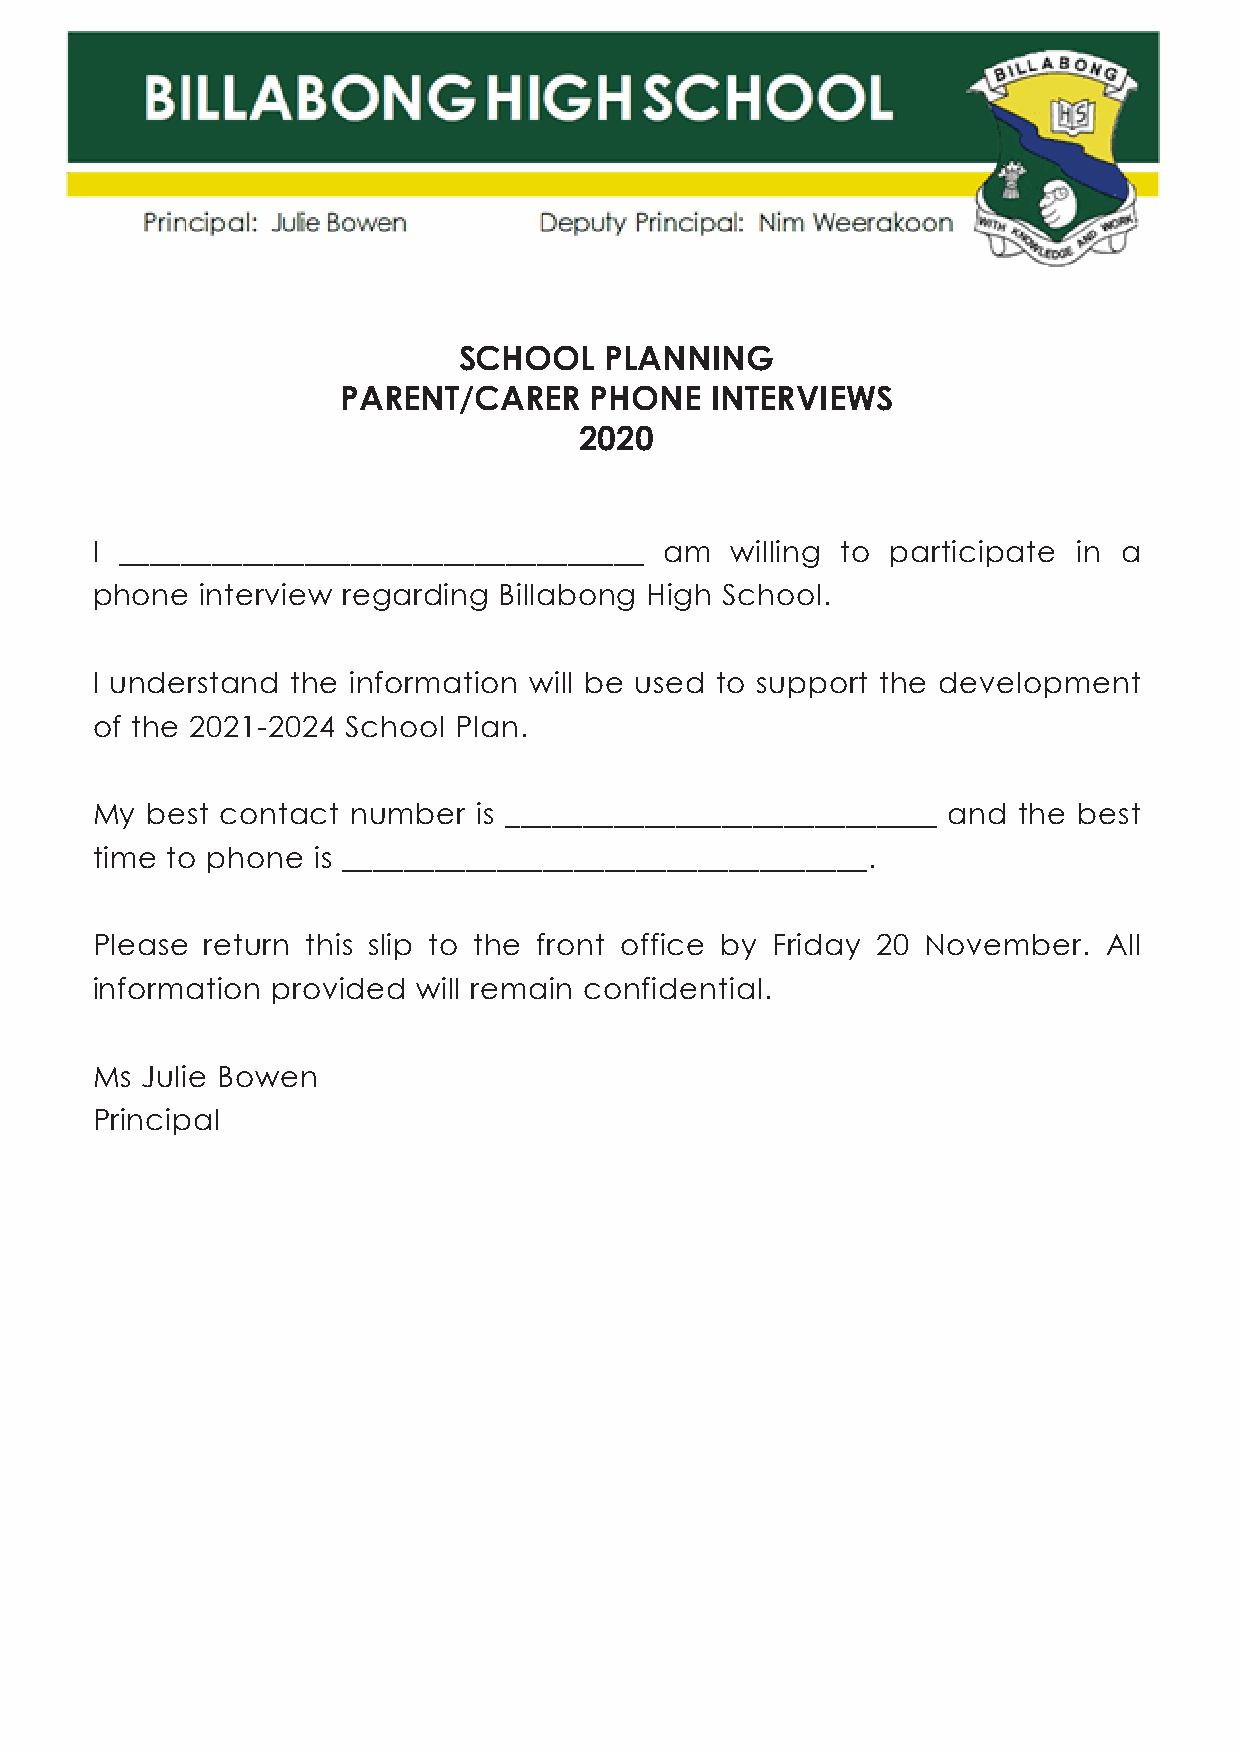
SCHOOL    PLANNING
 PARENT/CARER    PHONE   INTERVIEWS
 2020
 I __________________________________  am  willing to participate in a
 phone  interview regarding Billabong High School.
 I understand the information will be used to support the development
 of the 2021-2024 School Plan.
 My  best contact number   is ____________________________ and the best
 time to phone  is __________________________________.
 Please  return this slip to the front office by Friday 20 November. All
 information provided  will remain confidential.
 Ms Julie Bowen
 Principal